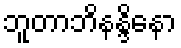
ဘူတာဘိနန္ဒိနော